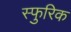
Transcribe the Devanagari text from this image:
स्फुरिक